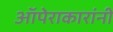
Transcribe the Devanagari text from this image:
ऑपेराकारांनी